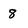
Character: 8